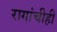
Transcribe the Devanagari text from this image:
रागांचीही